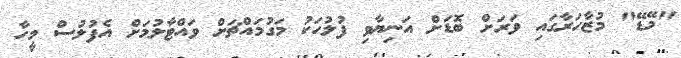
"މޭޑޭ" މުޒާހަރާގައި ވަރަށް ބޮޑަށް އަނިޔާވި ފުލުހަކު މަގުމައްޗަށް ވައްޓާލުމަށް އެފުލުސް މީހާ